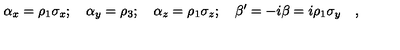
\alpha _ { x } = \rho _ { 1 } \sigma _ { x } ; \quad \alpha _ { y } = \rho _ { 3 } ; \quad \alpha _ { z } = \rho _ { 1 } \sigma _ { z } ; \quad \beta ^ { \prime } = - i \beta = i \rho _ { 1 } \sigma _ { y } \quad ,